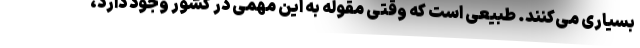
بسیاری می‌کنند. طبیعی است که وقتی مقوله به این مهمی در کشور وجود دارد،